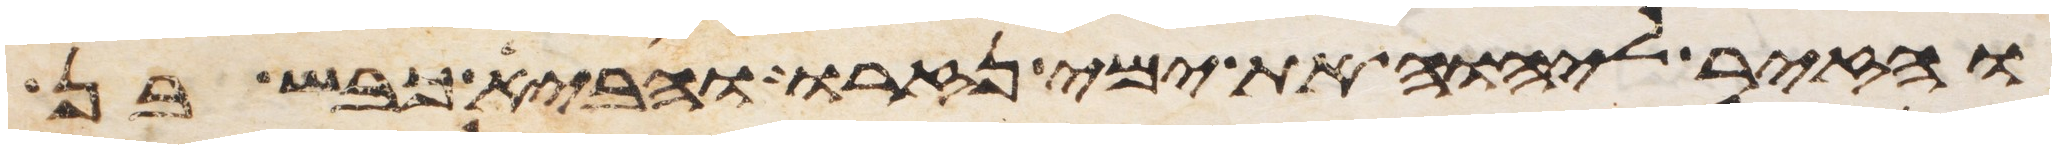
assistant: והזיר ליהוה את ימי נזרו והביא כבש בן